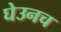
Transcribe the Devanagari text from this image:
घेउनच